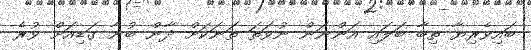
ބައިވެރިޔާ ތިބާ ބަލައި އަންނަން ނުވަތަ ތަނަކަށް ދާން ބުނާ ގަޑިއަށް ވުރެ